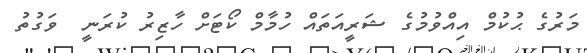
މަރުގެ ޙުކުމް އިއްވުމުގެ ޝަރީއަތައް ހުމާމް ކޯޓަށް ހާޒިރު ކުރަނީ  ވަގުތު